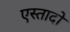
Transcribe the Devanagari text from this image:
एस्तादो